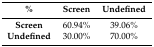
<table><thead><tr><td><b>%</b></td><td><b>Screen</b></td><td><b>Undefined</b></td></tr></thead><tbody><tr><td><b>Screen</b></td><td>60.94%</td><td>39.06%</td></tr><tr><td><b>Undefined</b></td><td>30.00%</td><td>70.00%</td></tr></tbody></table>